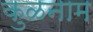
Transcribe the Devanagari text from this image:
कुळनाम